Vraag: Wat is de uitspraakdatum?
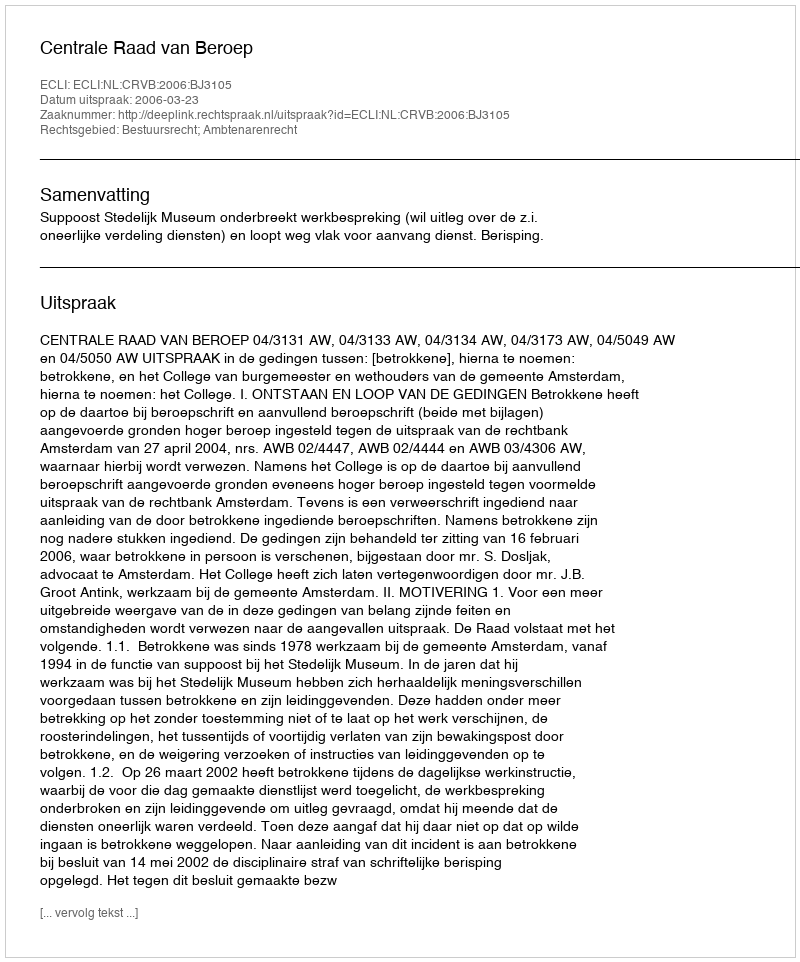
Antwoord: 2006-03-23